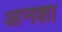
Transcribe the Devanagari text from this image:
अनशा